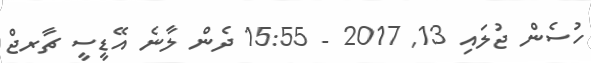
ހުސެން ޖުލައި 13